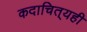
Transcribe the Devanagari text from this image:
कदाचित्‌यही